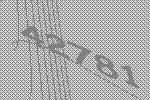
42781